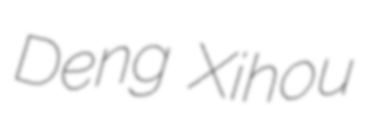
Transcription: Deng Xihou